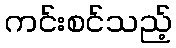
ကင်းစင်သည့်